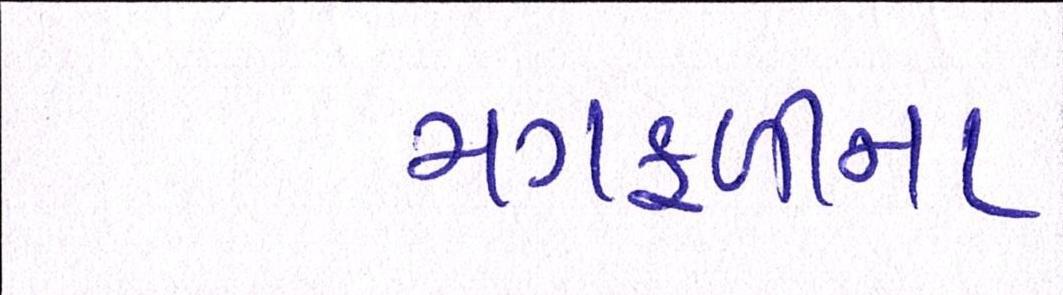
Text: મગફળીના